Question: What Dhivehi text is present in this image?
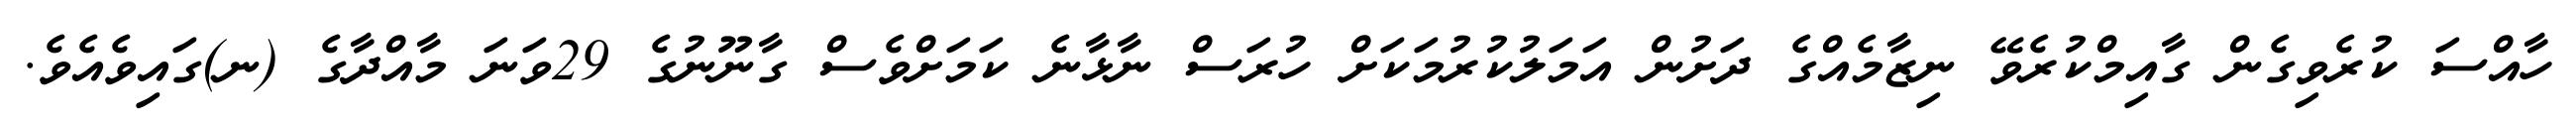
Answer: ހާއްސަ ކުރެވިގެން ގާއިމްކުރެވޭ ނިޒާމެއްގެ ދަށުން އަމަލުކުރުމަކަށް ހުރަސް ނާޅާނެ ކަމަށްވެސް ގާނޫނުގެ 29ވަނަ މާއްދާގެ (ނ)ގައިވެއެވެ.